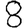
Digit: 8